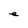
Character: e